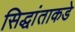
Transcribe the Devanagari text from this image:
सिद्धांताकडे